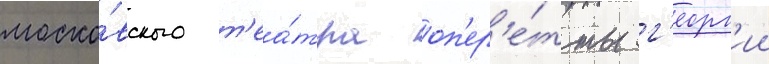
моско́вского т'еа́тра оп'ер'е́тты г'еорг'ии